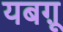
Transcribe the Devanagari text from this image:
यबग़ू